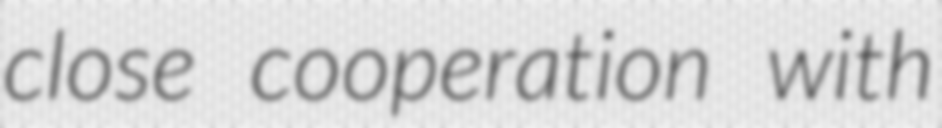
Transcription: close cooperation with